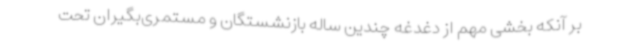
بر آنکه بخشی مهم از دغدغه چندین ساله بازنشستگان و مستمری‌بگیران تحت